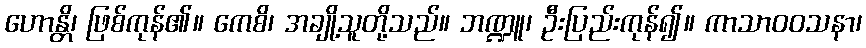
ဟောန္တိ၊ ဖြစ်ကုန်၏။ ကေစိ၊ အချို့သူတို့သည်။ ဘဏ္ဍူ၊ ဦးပြည်းကုန်၍။ ကာသာဝဝသနာ၊